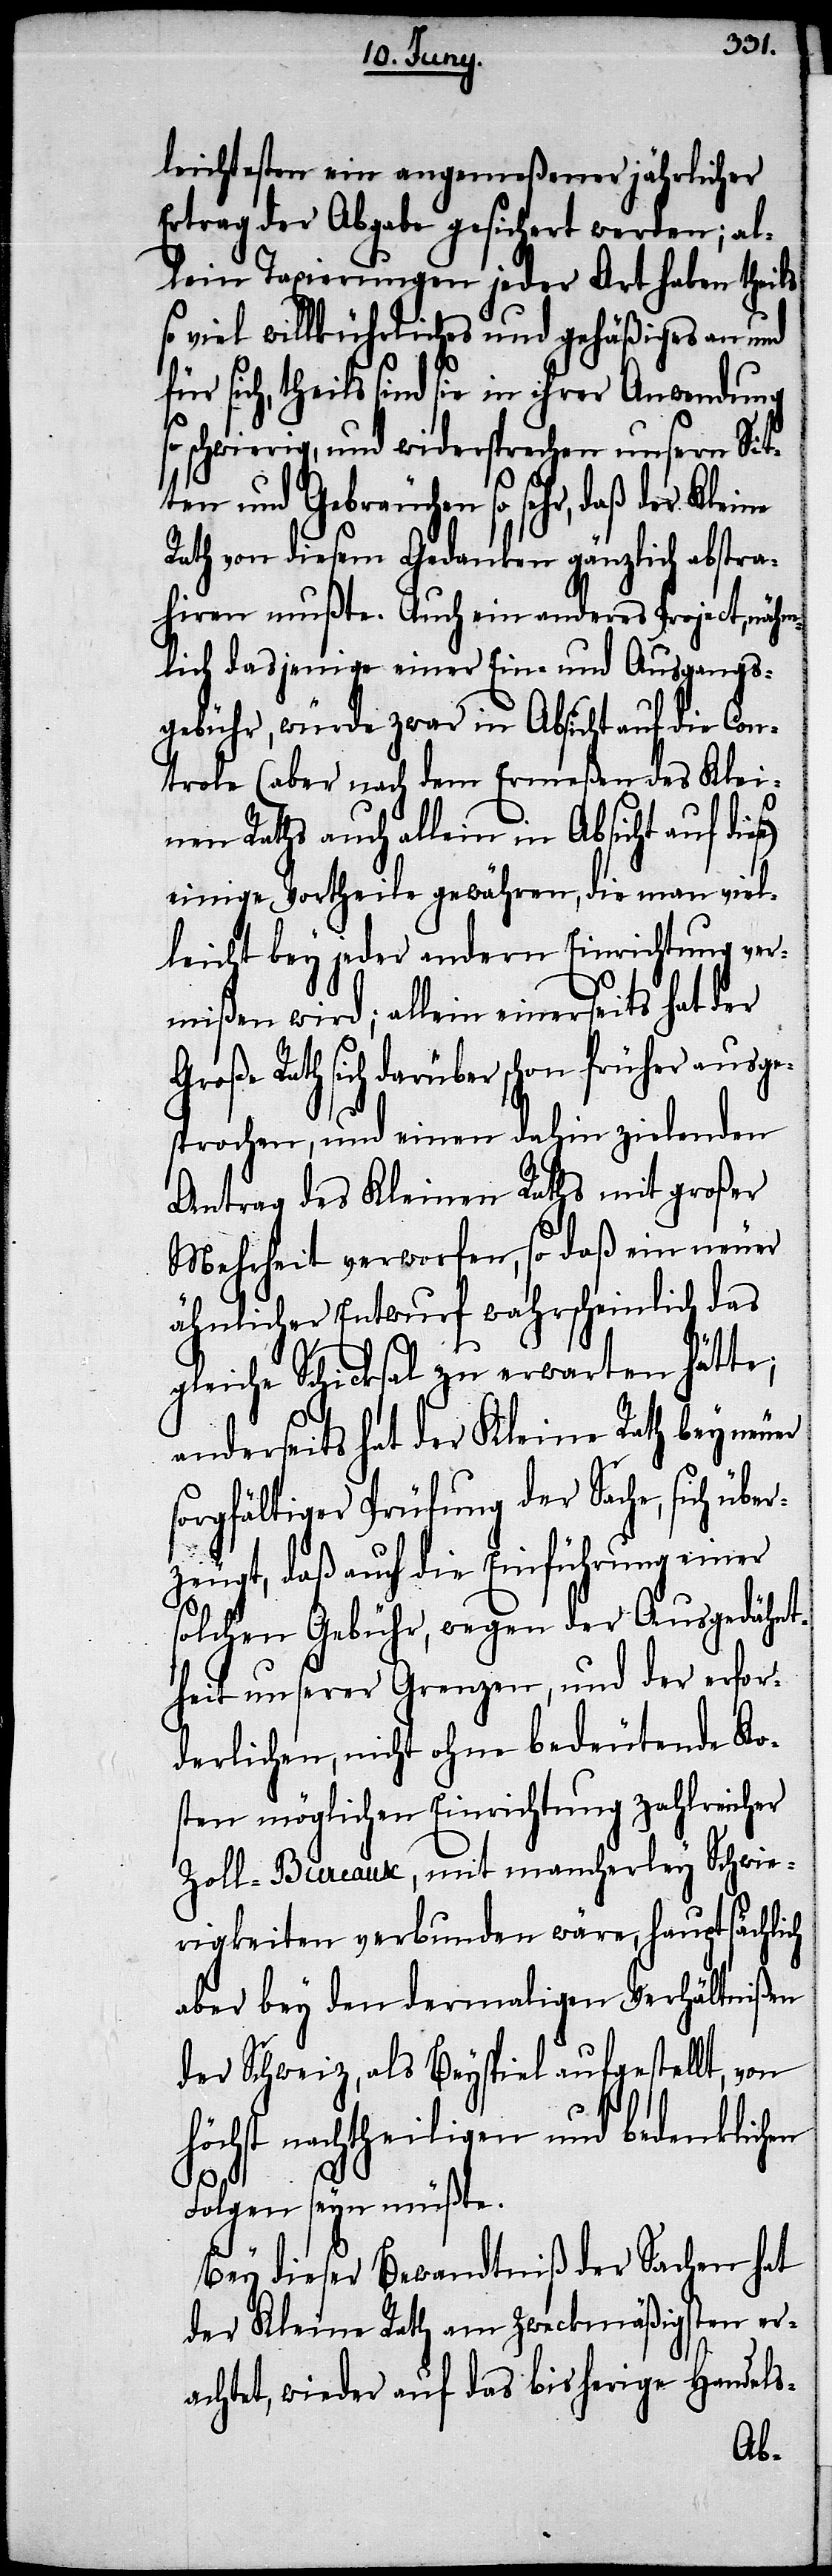
leichtesten ein angemeßener jährlicher
Ertrag der Abgabe gesichert werden; al¬
lein Taxierungen jeder Art haben theils
so viel willkürliches und gehäßiges an und
für sich, theils sind sie in ihrer Anwendung
schwierig, und widersprechen unsern Sit¬
ten und Gebräuchen so sehr, daß der Kleine
Rath von diesem Gedanken gänzlich abstra¬
hiren mußte. Auch ein anderes Project, nähm¬
lich dasjenige einer Ein- und Ausgangs¬
gebühr, würde zwar in Absicht auf die Con¬
trole (aber nach dem Ermeßen des Klei¬
nen Raths auch allein in Absicht auf
einige Vortheile gewähren, die man viel¬
leicht bey jeder andern Einrichtung ver¬
mißen wird; allein einerseits hat der
Große Rath sich darüber schon früher ausge¬
sprochen, und einen dahin zielenden
Antrag des Kleinen Raths mit großer
Mehrheit verworfen, so daß ein neuer
ähnlicher Entwurf wahrscheinlich das
gleiche Schicksal zu erwarten hätte;
anderseits hat der Kleine Rath bey neuer
sorgfältiger Prüfung der Sache, sich über¬
zeugt, daß auf die Einführung einer
solchen Gebühr, wegen der Ausgedähnt¬
heit unserer Grenzen, und der erfor¬
derlichen, nicht ohne bedeutende Ko¬
sten möglichen Einrichtung zahlreicher
Zoll-Bureaux, mit mancherley Schwie¬
rigkeiten verbunden wäre, hauptsächlich
aber bey den dermaligen Verhältnißen
der Schweiz, als Beyspiel aufgestellt, von
höchst nachtheiligen und bedenklichen
Folgen seyn müßte.
Bey dieser Bewandtniß der Sachen hat
der Kleine Rath am Zweckmäßigsten er¬
achtet, wieder auf das bisherige Handels-